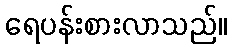
ရေပန်းစားလာသည်။